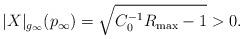
LaTeX: \begin{align*}|X|_{g_{\infty}}(p_\infty)=\sqrt{C_0^{-1}R_{\max}-1}>0.\end{align*}